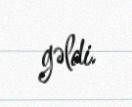
gəldi.